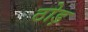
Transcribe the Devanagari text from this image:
ठोड़